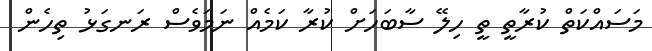
މަސައްކަތް ކުރާތީ ތީ ހިލޭ ސާބަހަށް ކުރާ ކަމެއް ނަމަވެސް ރަނގަޅު ތިހެން